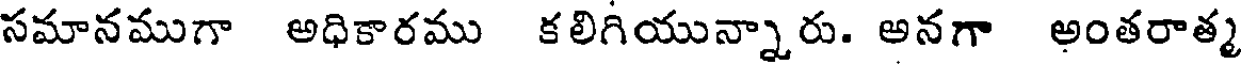
సమానముగా అధికారము కలిగియున్నారు. అనగా అంతరాత్మ